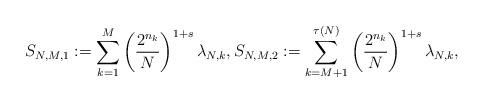
LaTeX: \begin{align*}S_{N,M,1}:=\sum_{k=1}^{M}\left(\frac{2^{n_{k}}}{N}\right)^{1+s}\lambda_{N,k},S_{N,M,2}:=\sum_{k=M+1}^{\tau(N)}\left(\frac{2^{n_{k}}}{N}\right)^{1+s}\lambda_{N,k},\end{align*}